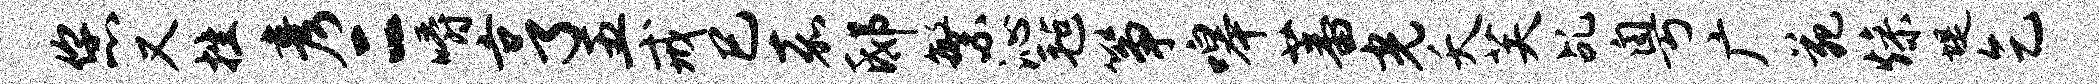
您又挫彦二嚼亨五戒巳嘉邸繁沁毡筝嗥蕃光夭芙乩粤广苑燥堤乞